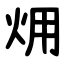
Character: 㶲